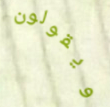
ويقولون